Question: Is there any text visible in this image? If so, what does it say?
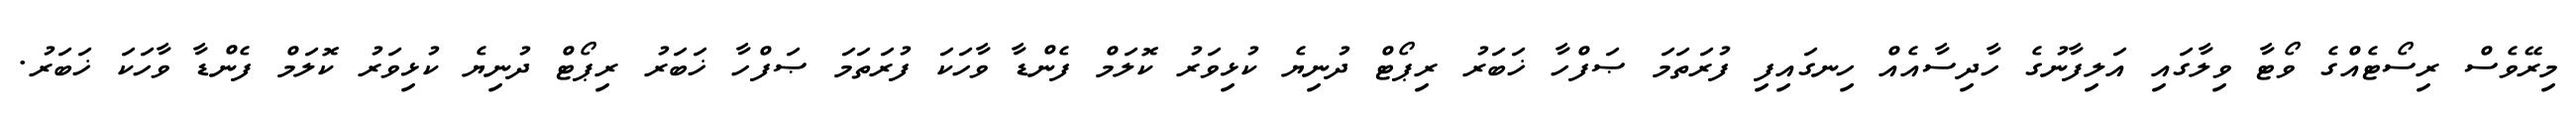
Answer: މިރޭވެސް ރިސޯޓެއްގެ ވޯޓާ ވިލާގައި އަލިފާނުގެ ހާދިސާއެއް ހިނގައިފި ފުރަތަމަ ޞަފްހާ ޚަބަރު ރިޕޯޓް ދުނިޔެ ކުޅިވަރު ކޮލަމް ފެންޑާ ވާހަކަ ފުރަތަމަ ޞަފްހާ ޚަބަރު ރިޕޯޓް ދުނިޔެ ކުޅިވަރު ކޮލަމް ފެންޑާ ވާހަކަ ޚަބަރު.